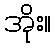
အိုး။